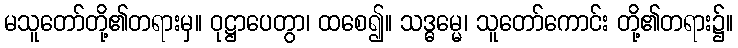
မသူတော်တို့၏တရားမှ။ ဝုဋ္ဌာပေတွာ၊ ထစေ၍။ သဒ္ဓမ္မေ၊ သူတော်ကောင်း တို့၏တရား၌။